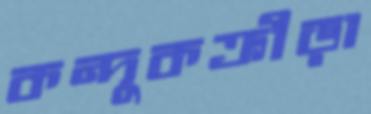
কন্দুকক্রীড়া